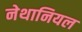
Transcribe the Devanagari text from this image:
नेथानियल